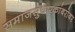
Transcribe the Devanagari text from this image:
समाजसुधारकांबरोबर